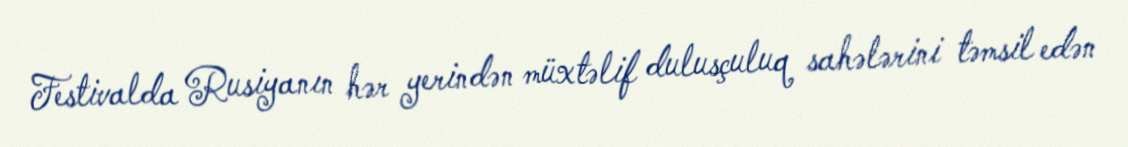
Festivalda Rusiyanın hər yerindən müxtəlif dulusçuluq sahələrini təmsil edən